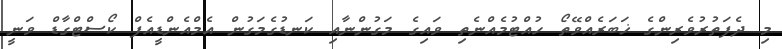
މި ދެފަތުރުވެރިިންގެ ޚަބަރެއްވޭތޯ ހުއްޓުމެއްނެތި ވައިގެ މަގުންނާއި ކަނޑުގެމަގުން އެމްއެންޑީއެފް ކޯސްޓްގާޑް ވަނީ